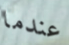
عندما